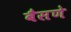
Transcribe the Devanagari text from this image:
बैसणे